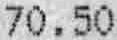
70.50